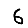
Digit: 6